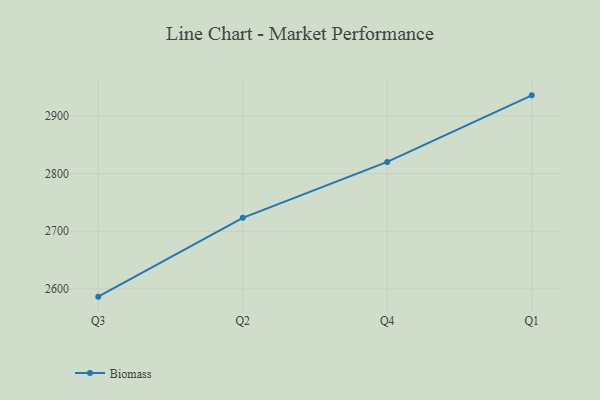
{"axis": {"x": "Quarter", "y": "Revenue (USD Million)"}, "legend": ["Biomass"], "data": [{"x": "Q3", "y": 2586.7, "type": "Biomass"}, {"x": "Q2", "y": 2723.2, "type": "Biomass"}, {"x": "Q4", "y": 2820.1, "type": "Biomass"}, {"x": "Q1", "y": 2935.5, "type": "Biomass"}]}